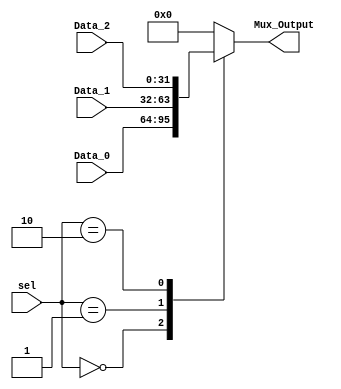
//Device description: set selector to 0 for Data_0, 1 for Data_1 and 2 for Data_2

module mux3to1
#(
	parameter WORD_LENGTH = 32
)
(
	// Input Ports
  input [1:0] sel,
  input [WORD_LENGTH-1 : 0] Data_0, Data_1, Data_2,
	
	// Output Ports
  output reg [WORD_LENGTH-1 : 0] Mux_Output

);

always @(*) begin
  case (sel)
  0: Mux_Output = Data_0;
  1: Mux_Output = Data_1;
  2: Mux_Output = Data_2;
  default: Mux_Output = 0;
  endcase
end

endmodule